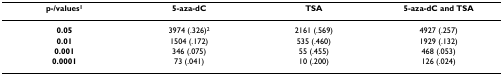
<table><thead><tr><td><b>p-/values<sup>1</sup></b></td><td><b>5-aza-dC</b></td><td><b>TSA</b></td><td><b>5-aza-dC and TSA</b></td></tr></thead><tbody><tr><td><b>0.05</b></td><td>3974 (.326)<sup>2</sup></td><td>2161 (.569)</td><td>4927 (.257)</td></tr><tr><td><b>0.01</b></td><td>1504 (.172)</td><td>535 (.460)</td><td>1929 (.132)</td></tr><tr><td><b>0.001</b></td><td>346 (.075)</td><td>55 (.455)</td><td>468 (.053)</td></tr><tr><td><b>0.0001</b></td><td>73 (.041)</td><td>10 (.200)</td><td>126 (.024)</td></tr></tbody></table>